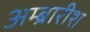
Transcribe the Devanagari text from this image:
अम्ब्रारीश